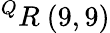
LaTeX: ^{Q}R\ (9,9)